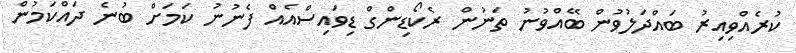
ކުރެއްވިއިރު ބައްދަލުވުން ބޭއްވުނު ތަނުން ރެކޯޑިންގް ޑިވައިސްއެއް ފެނުނު ކަމަށް ބުނެ ދައްކަމުން